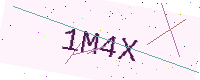
Text: 1M4X